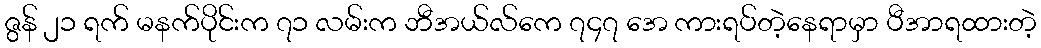
ဇွန် ၂၁ ရက် မနက်ပိုင်းက ၇၁ လမ်းက ဘီအယ်လ်ကေ ၇၄၇ အေ ကားရပ်တဲ့နေရာမှာ ပီအာရထားတဲ့